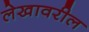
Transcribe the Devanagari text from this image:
लेखावरील